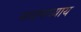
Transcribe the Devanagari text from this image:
मध्यमाध्याय